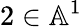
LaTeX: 2\in\mathbb{A}^{1}